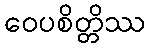
ဝေပစိတ္တိဿ